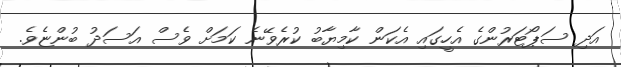
އަދި ސަޕޯޓަރުންގެ އެހީގައި އެކަން ކާމިޔާބު ކުރެވޭނެ ކަމަށް ވެސް އަސަދު ބުންޏެވެ.